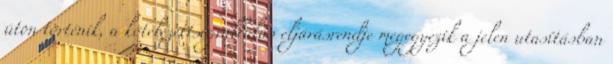
úton történik, a kötelezettségvállalás eljárásrendje megegyezik a jelen utasításban